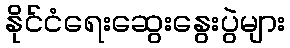
နိုင်ငံရေးဆွေးနွေးပွဲများ